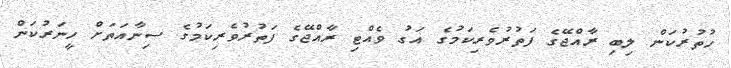
ހުތުރުކަން ލިބި ރާއްޖޭގެ ފަތުރުވެރިކަމުގެ އަގު ވެއްޓި ރާއްޖޭގެ ފަތުރުވެރިކަމުގެ ސިނާއަތަށް ހީނަރުކަން